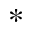
*